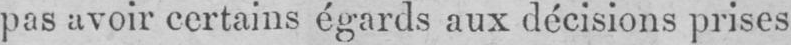
pas avoir certains égards aux décisions prises